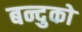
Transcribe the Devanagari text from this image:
बन्दुको